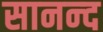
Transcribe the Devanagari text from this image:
सानन्‍द